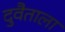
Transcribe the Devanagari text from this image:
दुवैताला